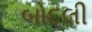
બોદલી